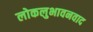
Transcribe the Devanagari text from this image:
लोकलुभावनवाद